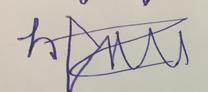
Signature authenticity: forged